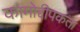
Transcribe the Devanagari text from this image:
कामोद्दीपकता